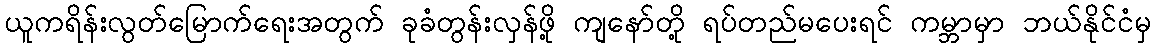
ယူကရိန်းလွတ်မြောက်ရေးအတွက် ခုခံတွန်းလှန်ဖို့ ကျနော်တို့ ရပ်တည်မပေးရင် ကမ္ဘာမှာ ဘယ်နိုင်ငံမှ